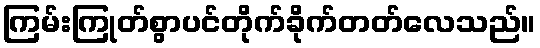
ကြမ်းကြုတ်စွာပင်တိုက်ခိုက်တတ်လေသည်။